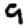
Digit: 9